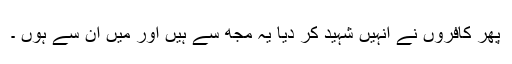
پھر کافروں نے انہیں شہید کر دیا یہ مجھ سے ہیں اور میں ان سے ہوں ۔